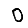
Digit: 0